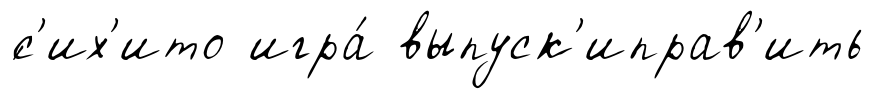
́с'их'ито игра́ выпуск'иправ'ить